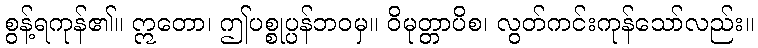
စွန့်ရကုန်၏။ ဣတော၊ ဤပစ္စုပ္ပန်ဘဝမှ။ ဝိမုတ္တာပိစ၊ လွတ်ကင်းကုန်သော်လည်း။